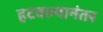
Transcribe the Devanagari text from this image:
हटवल्यानंतर